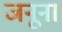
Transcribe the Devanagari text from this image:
जनूना